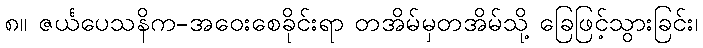
၈။ ဇင်္ယပေသနိက-အဝေးစေခိုင်းရာ တအိမ်မှတအိမ်သို့ ခြေဖြင့်သွားခြင်း၊